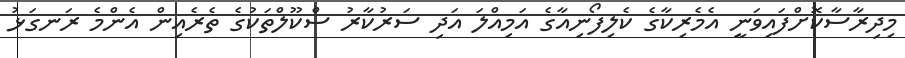
މިދިރާސާކޮށްފައިވަނީ އެމެރިކާގެ ކެލިފޯނިއާގެ އަމިއްލަ އަދި ސަރުކާރު ސްކޫލްތަކުގެ ތެރެއިން އެންމެ ރަނގަޅު